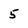
Character: 5